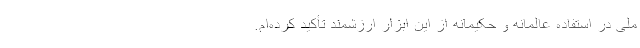
ملی در استفاده عالمانه و حکیمانه از این ابزار ارزشمند تأکید کرده‌ام.